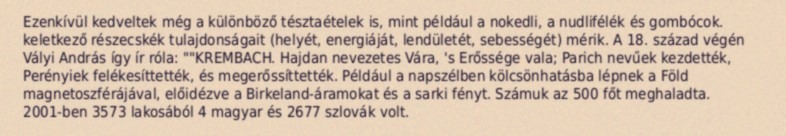
Ezenkívül kedveltek még a különböző tésztaételek is, mint például a nokedli, a nudlifélék és gombócok. keletkező részecskék tulajdonságait (helyét, energiáját, lendületét, sebességét) mérik. A 18. század végén Vályi András így ír róla: ""KREMBACH. Hajdan nevezetes Vára, 's Erőssége vala; Parich nevűek kezdették, Perényiek felékesíttették, és megerőssíttették. Például a napszélben kölcsönhatásba lépnek a Föld magnetoszférájával, előidézve a Birkeland-áramokat és a sarki fényt. Számuk az 500 főt meghaladta. 2001-ben 3573 lakosából 4 magyar és 2677 szlovák volt.